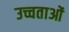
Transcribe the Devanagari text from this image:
उच्चताओं